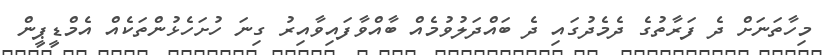
މިހާތަނަށް ދެ ފަރާތުގެ ދެމެދުގައި ދެ ބައްދަލުވުމެއް ބާއްވާފައިވާއިރު ގިނަ ހުށަހެޅުންތަކެއް އެމްޑީޕީން